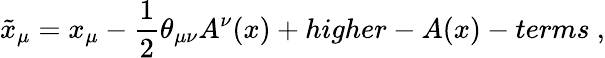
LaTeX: \tilde{x}_{\mu}=x_{\mu}-\frac{1}{2}\theta_{\mu\nu}A^{\nu}(x)+higher-A(x)-terms~,